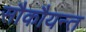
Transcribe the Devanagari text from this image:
सौकौयन्त